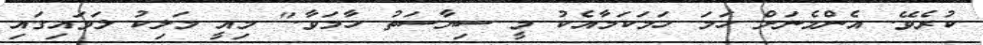
ކުރެވޭ. އެންމެނަށް ހަމަ ހަމަކަމާއެކު މީ ސިޔާސަތު ހާމަވާ." މިއީ މަލިކު ލަވައިގައި